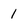
Character: 1